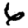
Digit: 6